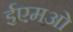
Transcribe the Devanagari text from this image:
ईएमओ